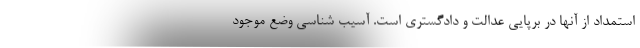
استمداد از آنها در برپایی عدالت و دادگستری است. آسیب شناسی وضع موجود